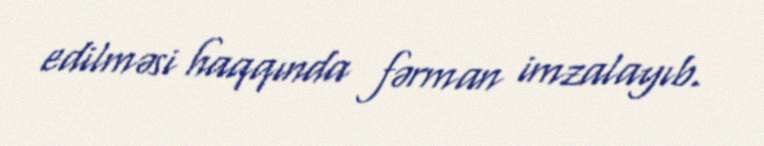
edilməsi haqqında fərman imzalayıb.